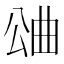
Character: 𣌶